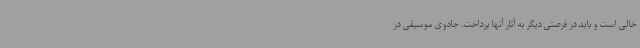
خالی است و باید در فرصتی دیگر به آثار آنها پرداخت. جادوی موسیقی در